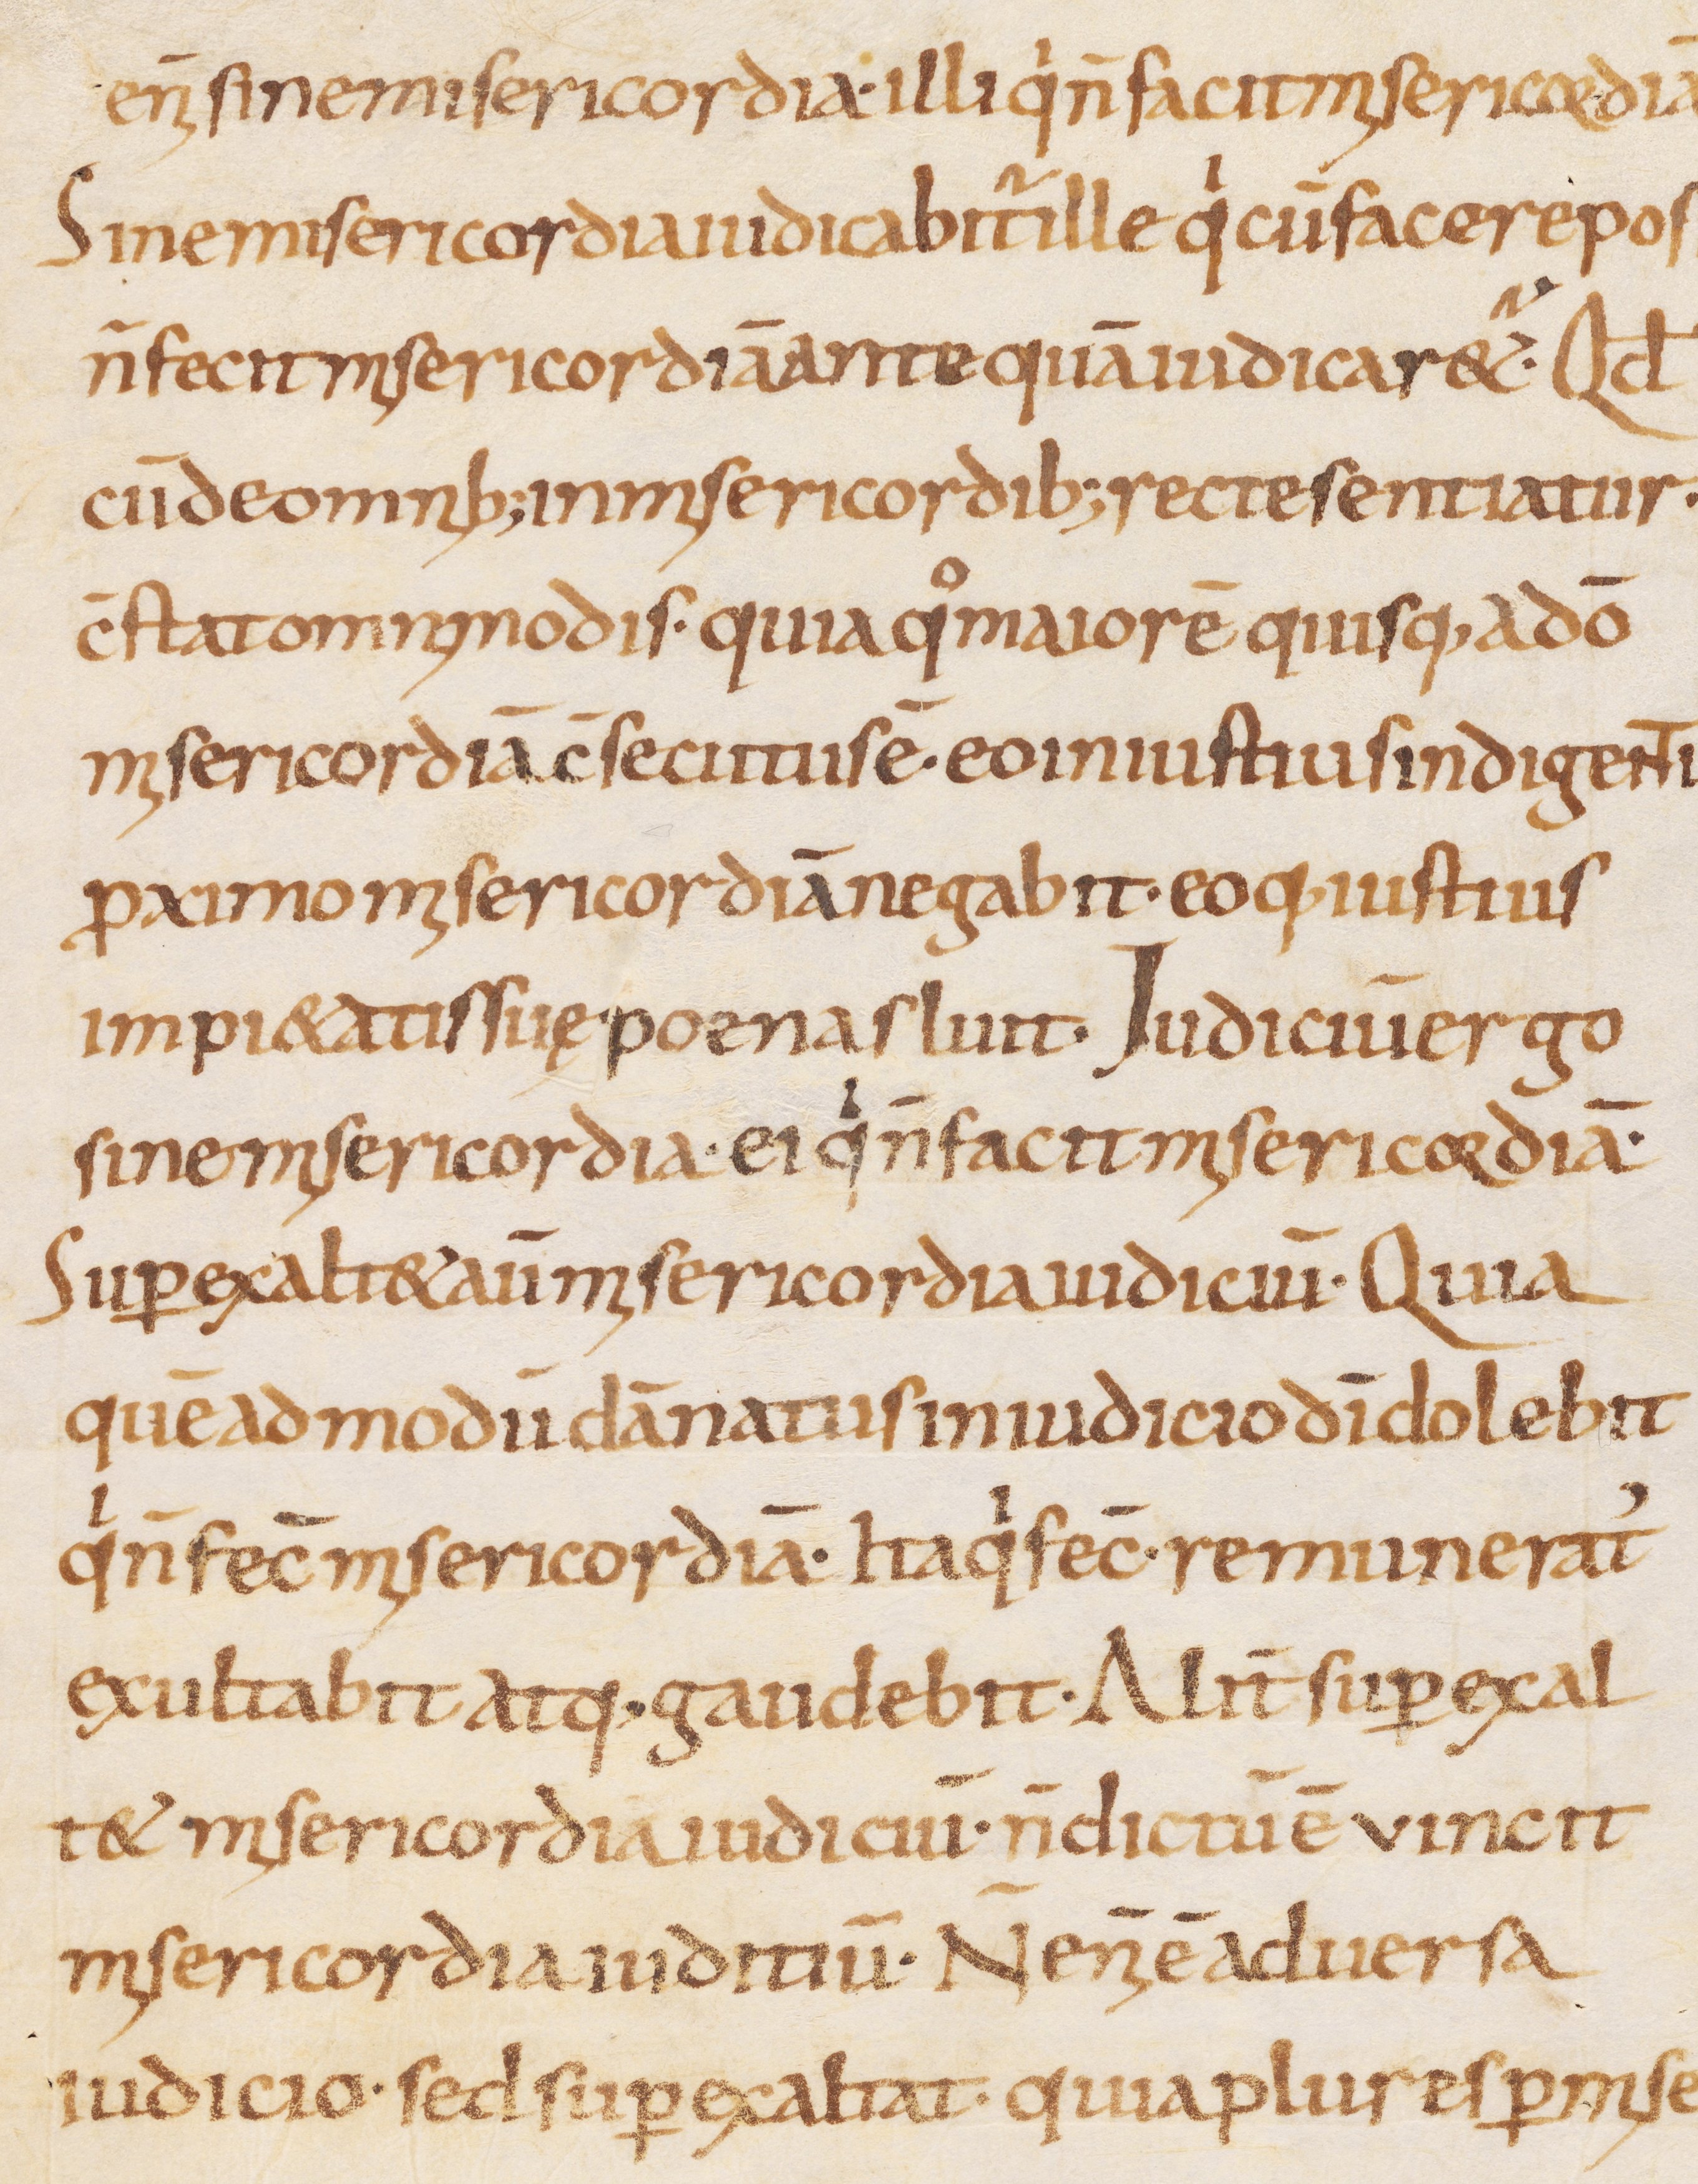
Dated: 800–999